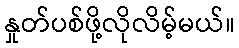
နှုတ်ပစ်ဖို့လိုလိမ့်မယ်။